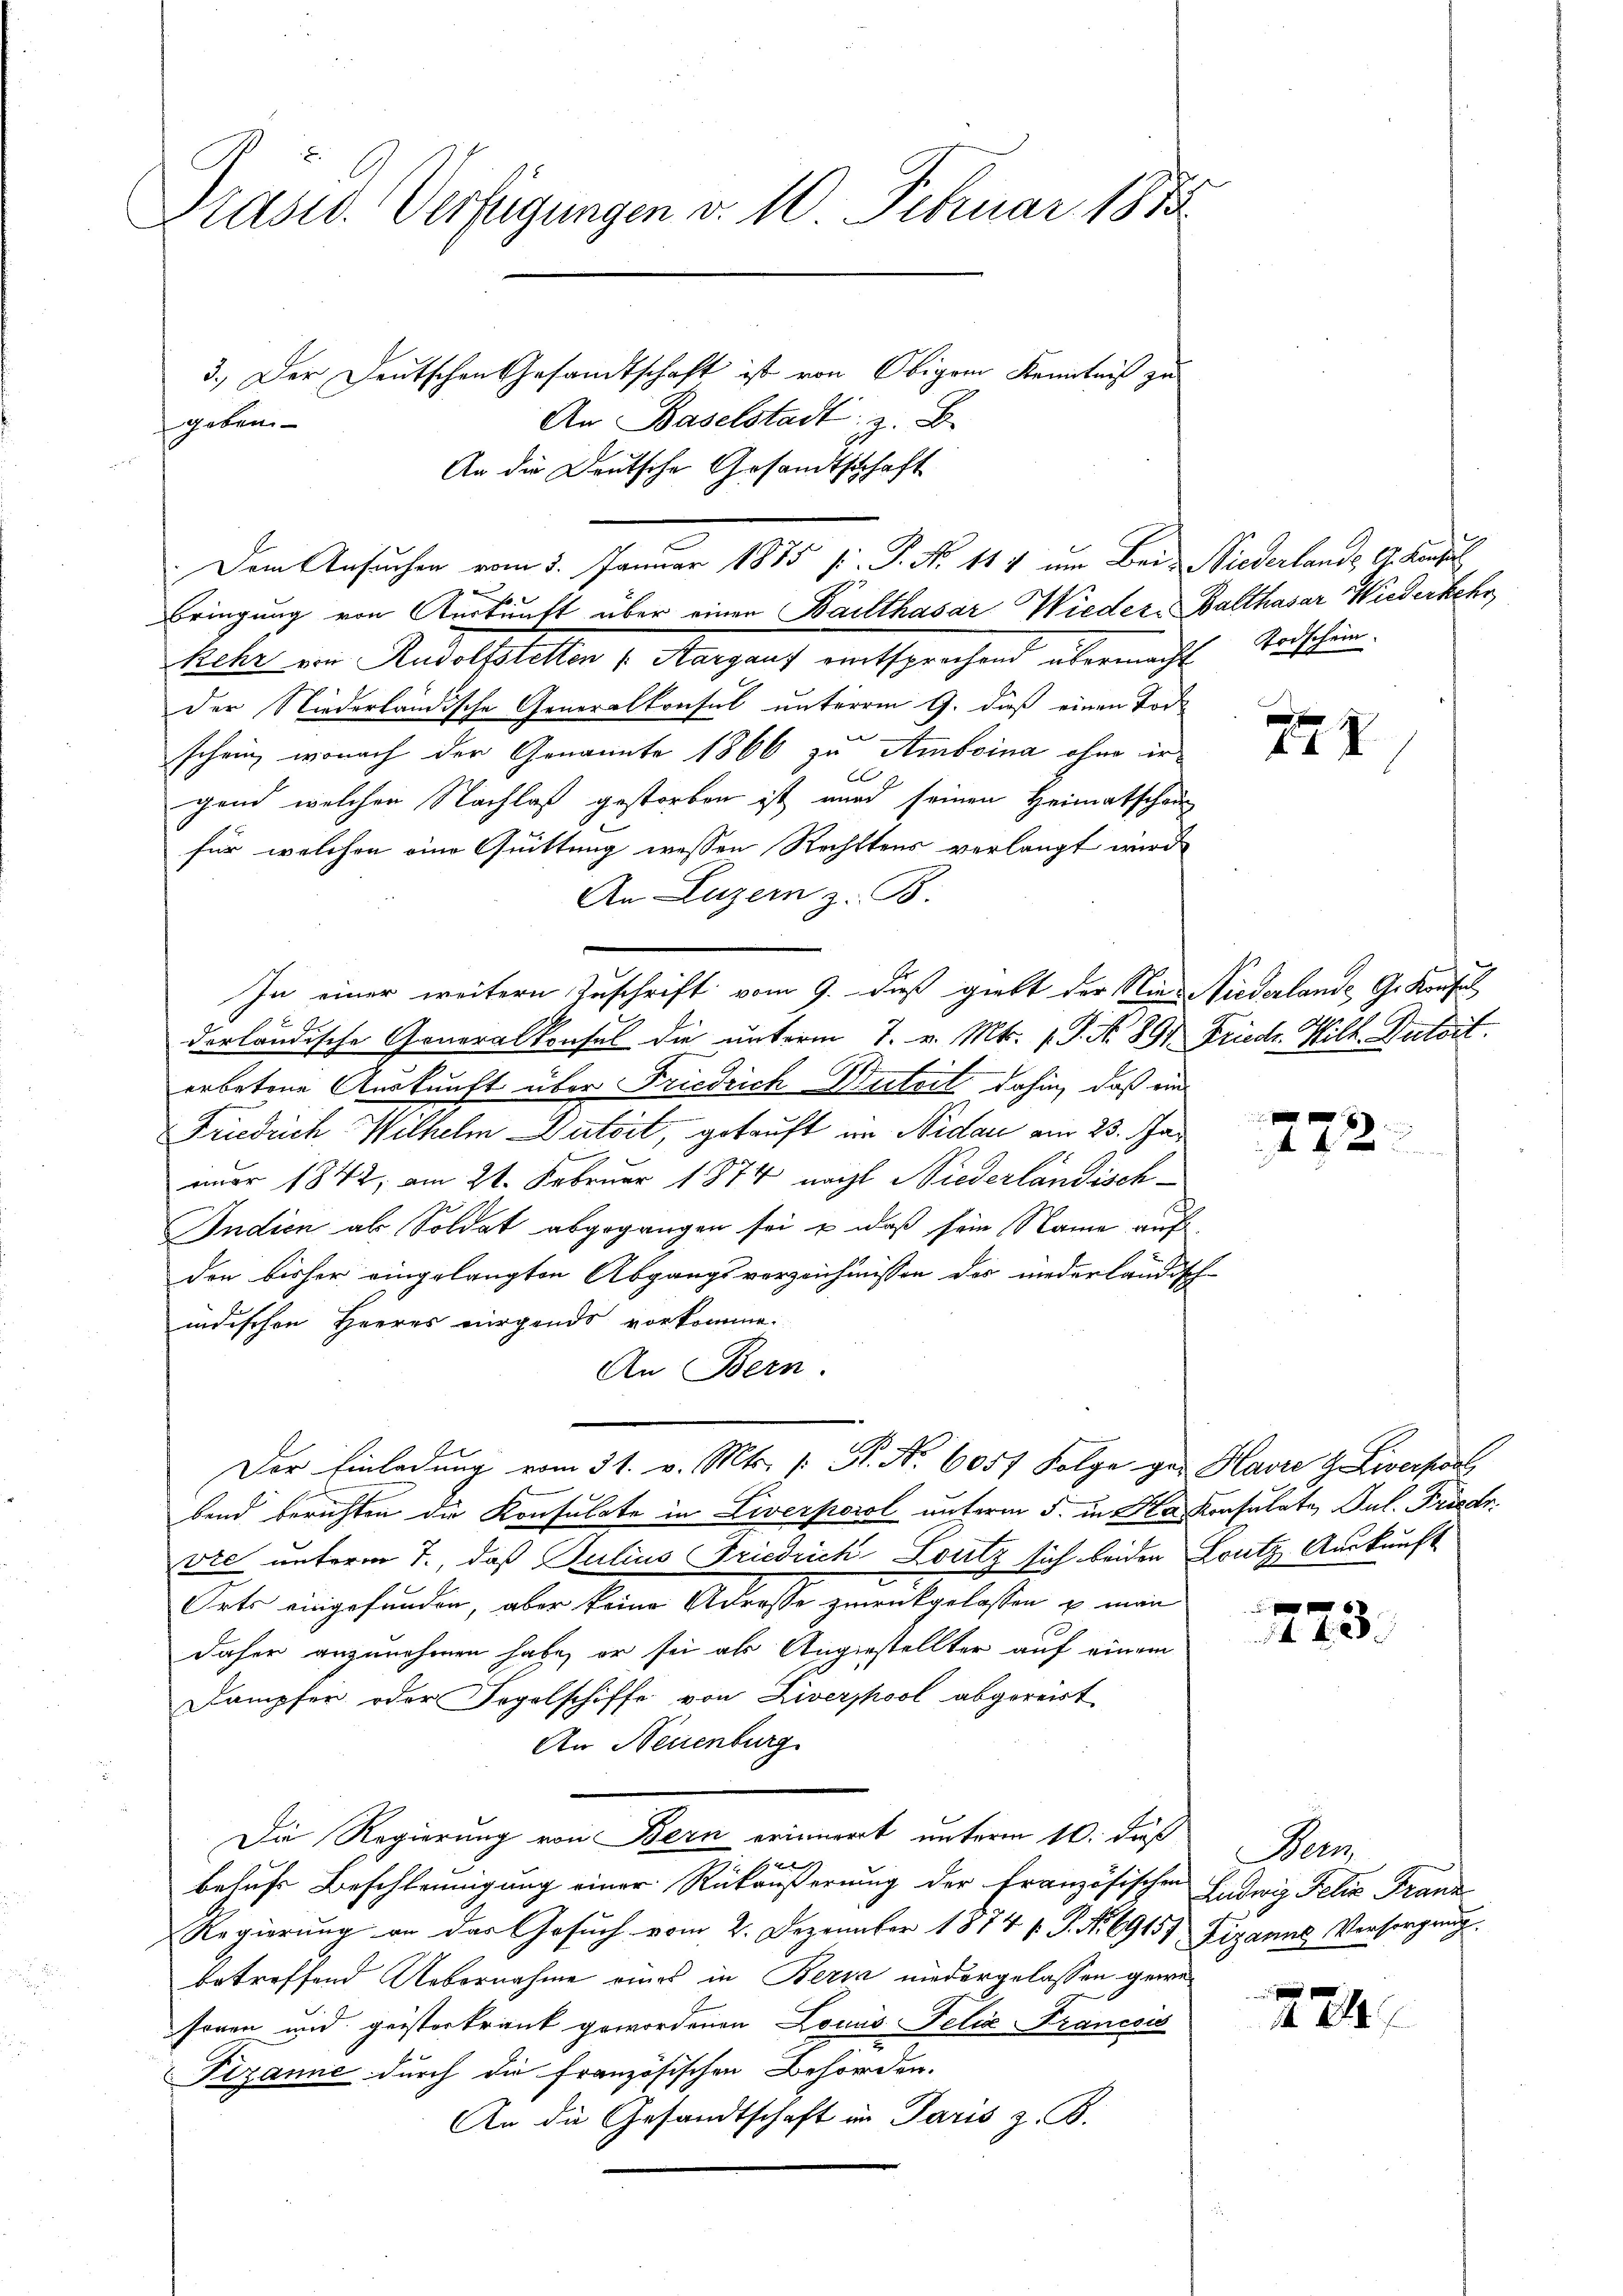
Präsid. Verfügungen v. 10 Februar 1883.
3.) Der Deutschen Gesandtschaft ist von Obigem Kenntniß zu
An Baselstadt z. B.
geben

ticke von Rudolstetten v. Aargauf entsprechend übermacht. Aushin
der Niederländische Generalkonsul unterm 9. dieß einen Tod
schein, wonach der Genannte 1866 zu Amboina ohne ir
gend welchen Nachlaß gestorben ist wurd seinen Heimatschau
für welchen eine Quittung wessen Rechtens verlangt wurde
An Luzern z. B.
e
In einer weitern Zuschrift vom 9. dieß giebt der Nie Niederlande G. Konfe
derländische Generalkonsel die unterm 7. v. Mts. 1 S. N. 89. Friedr. Wilh. Dutoit.
erbetene Auskunft über Friedrich Werteit dahin, daß ein
Friedrich Wilhelm Dutoit, getauft im Nidau am 23. Januar 1842, am 21. Februar 1874 nacht Niederländisch¬
Indien ab Soldat abgegangen sei u daß sein Name auf
den bisher eingelangten Abgangsverzeichnissen des niederländisch-
indischen Herres nirgends vorkomme.
An Bern.
Der Einladung vom 31. v. Mts. p. P. Nr. 6057 Folge ges Havre & Liverpool,
bend berichten die Konsulate in Liverpool unterm 5. in da konsulate, Jul. Friser.
vte unterm 7., daß Julius Friedrich Loutz sich beiden Loutz Auskunft
Orts eingefunden, aber keine Adresse zurückgelassen u. man
daher anzunehmen habe, er sei als Angestellter auf einem
Dampfer oder Segelschiffe von Liverpool abgereist
An Neuenburg
Die Regierung von Bern erinnert unterm 10. Fuß
behufs Beschleunigung einer Rückäußerung der französischen Ludwig Felix Franz
Regierung an der Gesuch vom 2. Dezember 1874 s. S. Nr. 69151 Zizanns Versorgung
betreffend Uebernahme eines in Berin niedergelassen gewesonen und geisterkrank gewordenen Louis Felix Francois
Pizanne durch die französischen Behörden.
An die Gesandtschaft in Paris z. B.

An die Deutsche Gesandtschaft
Dem Ansuchen vom 5. Januar 1885 f. P. Nr. 1417 um Bei Niederlande A. Konsul
Bringung von Auskunft über einen Balthasar Wieder, Balthasar Wiederkehr

X

772.

f 0 x
14 f 2

A

Nam